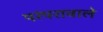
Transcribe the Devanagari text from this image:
परंपरावाले